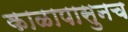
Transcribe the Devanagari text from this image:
काळापासुनच